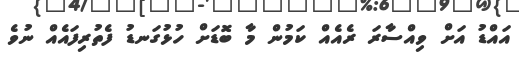
އައްޑު އަށް ވިއްސާރަ ރެއެއް ކަމުން މާ ބޮޑަށް ހުޅުގަނޑު ފެތުރިފައެއް ނުވެ